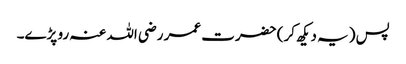
پس (یہ دیکھ کر) حضرت عمر رضی اللہ عنہ رو پڑے۔